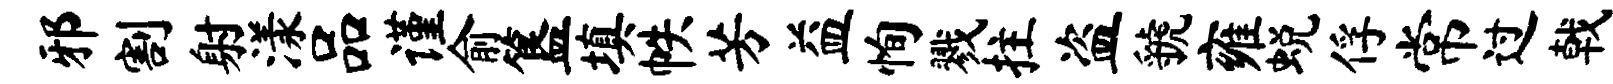
邪割射漾品谨俞簋填帙芳益恂戮拄盗虢雍蜕俘常过戟